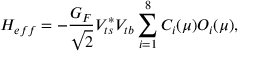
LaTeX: H _ { e f f } = - { \frac { G _ { F } } { \sqrt { 2 } } } V _ { t s } ^ { * } V _ { t b } \sum _ { i = 1 } ^ { 8 } C _ { i } ( \mu ) O _ { i } ( \mu ) ,